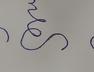
Signature authenticity: forged